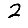
Digit: 2